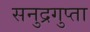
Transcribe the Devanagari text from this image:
सनुद्रगुप्ता